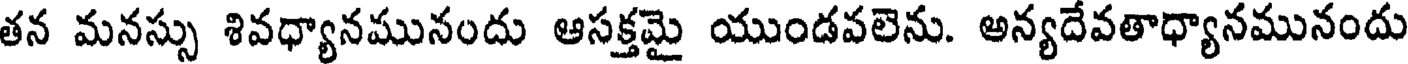
తన మనస్సు శివధ్యానమునందు ఆసక్తమై యుండవలెను. అన్యదేవతాధ్యానమునందు